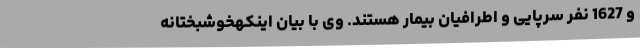
و 1627 نفر سرپایی و اطرافیان بیمار هستند. وی با بیان اینکهخوشبختانه